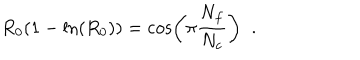
LaTeX: R _ { 0 } ( 1 - \ln ( R _ { 0 } ) ) = \cos \left( \pi \frac { N _ { f } } { N _ { c } } \right) \; \; .